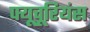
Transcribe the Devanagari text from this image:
फ्यूचूरियंस